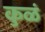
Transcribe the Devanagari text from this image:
कुळं